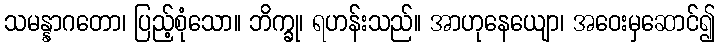
သမန္နာဂတော၊ ပြည့်စုံသော။ ဘိက္ခု၊ ရဟန်းသည်။ အာဟုနေယျော၊ အဝေးမှဆောင်၍